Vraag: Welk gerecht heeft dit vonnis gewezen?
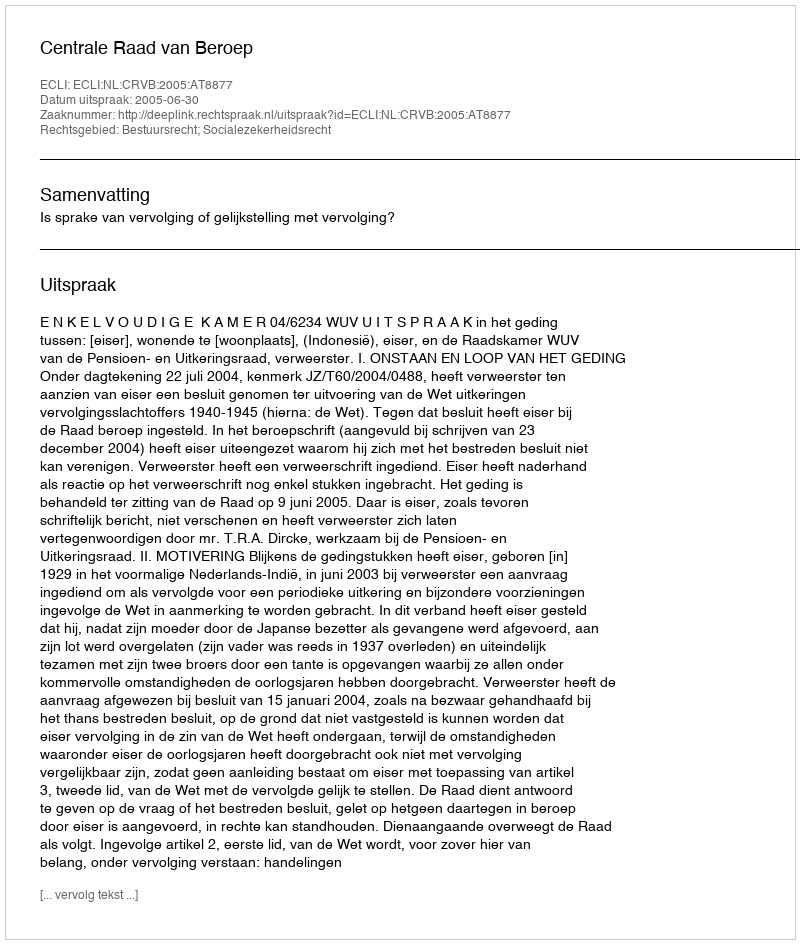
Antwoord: Centrale Raad van Beroep